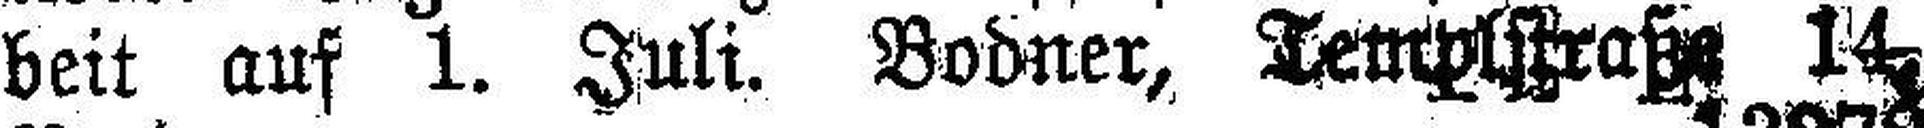
beit auf 1. Juli. Bodner, Templstraße, 14,